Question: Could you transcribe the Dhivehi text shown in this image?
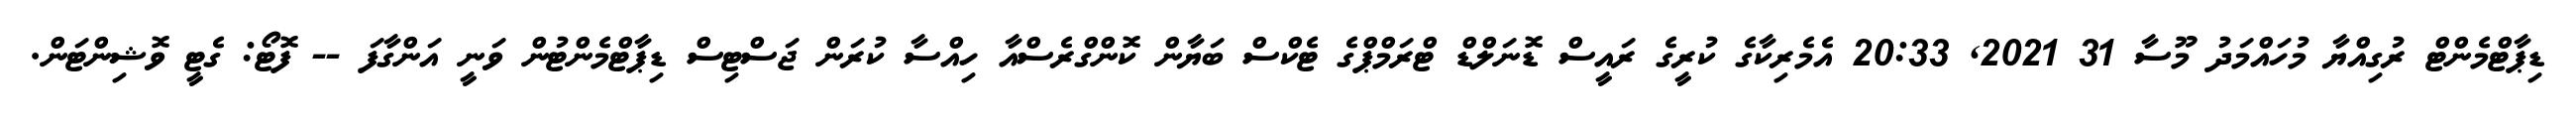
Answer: ޑިޕާޓްމެންޓް ރުގިއްޔާ މުހައްމަދު މޫސާ 31 2021, 20:33 އެމެރިކާގެ ކުރީގެ ރައީސް ޑޮނަލްޑް ޓްރަމްޕްގެ ޓެކްސް ބަޔާން ކޮންގްރެސްއާ ހިއްސާ ކުރަން ޖަސްޓިސް ޑިޕާޓްމެންޓުން ވަނީ އަންގާފަ -- ފޮޓޯ: ގެޓީ ވޮޝިންޓަން.